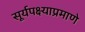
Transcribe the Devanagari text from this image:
सूर्यपक्ष्याप्रमाणे